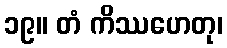
၁၉။ တံ ကိဿဟေတု၊